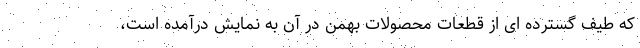
که طیف گسترده ای از قطعات محصولات بهمن در آن به نمایش درآمده است،